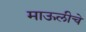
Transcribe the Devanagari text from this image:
माऊलीचे